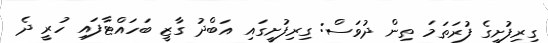
ގިރިފުށީގެ ފުރަތަމަ ތިން ދުވަސް: ގިރިފުށީގައި އަބްދު ގާޒީ ބަހައްޓާފައި ހުރީ ދެ